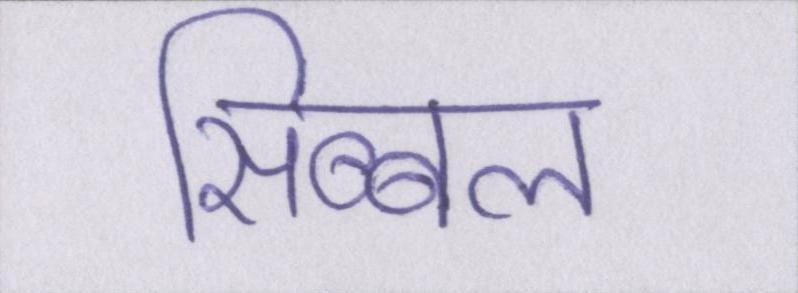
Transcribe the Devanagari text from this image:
सिब्बल